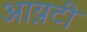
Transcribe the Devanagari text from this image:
आय़टी